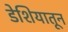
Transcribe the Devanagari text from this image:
डेशियातून